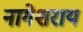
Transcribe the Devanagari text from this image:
नागेशराय